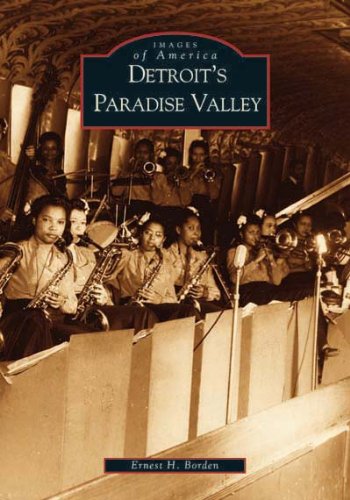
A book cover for Detroit's Paradise Valley (MI) (Images  of  America); Ernest H. Borden; Travel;